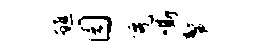
醮园免嘶鳌